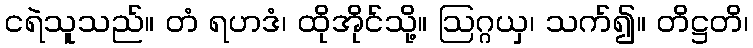
ငရဲသူသည်။ တံ ရဟဒံ၊ ထိုအိုင်သို့။ ဩဂ္ဂယှ၊ သက်၍။ တိဋ္ဌတိ၊